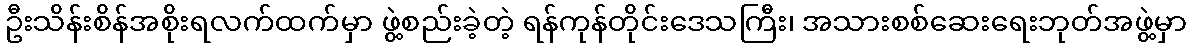
ဦးသိန်းစိန်အစိုးရလက်ထက်မှာ ဖွဲ့စည်းခဲ့တဲ့ ရန်ကုန်တိုင်းဒေသကြီး၊ အသားစစ်ဆေးရေးဘုတ်အဖွဲ့မှာ